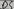
Text: D5